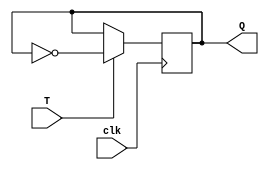
module T_latch (
    input wire T,
    input wire clk,
    output reg Q
);

always @(posedge clk) begin
    if (T) begin
        Q <= ~Q;
    end
end

endmodule